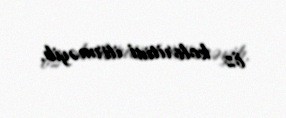
öz koloritini itirməyib.